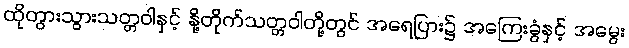
ထိုတွားသွားသတ္တဝါနှင့် နို့တိုက်သတ္တဝါတို့တွင် အရေပြား၌ အကြေးခွံနှင့် အမွေး